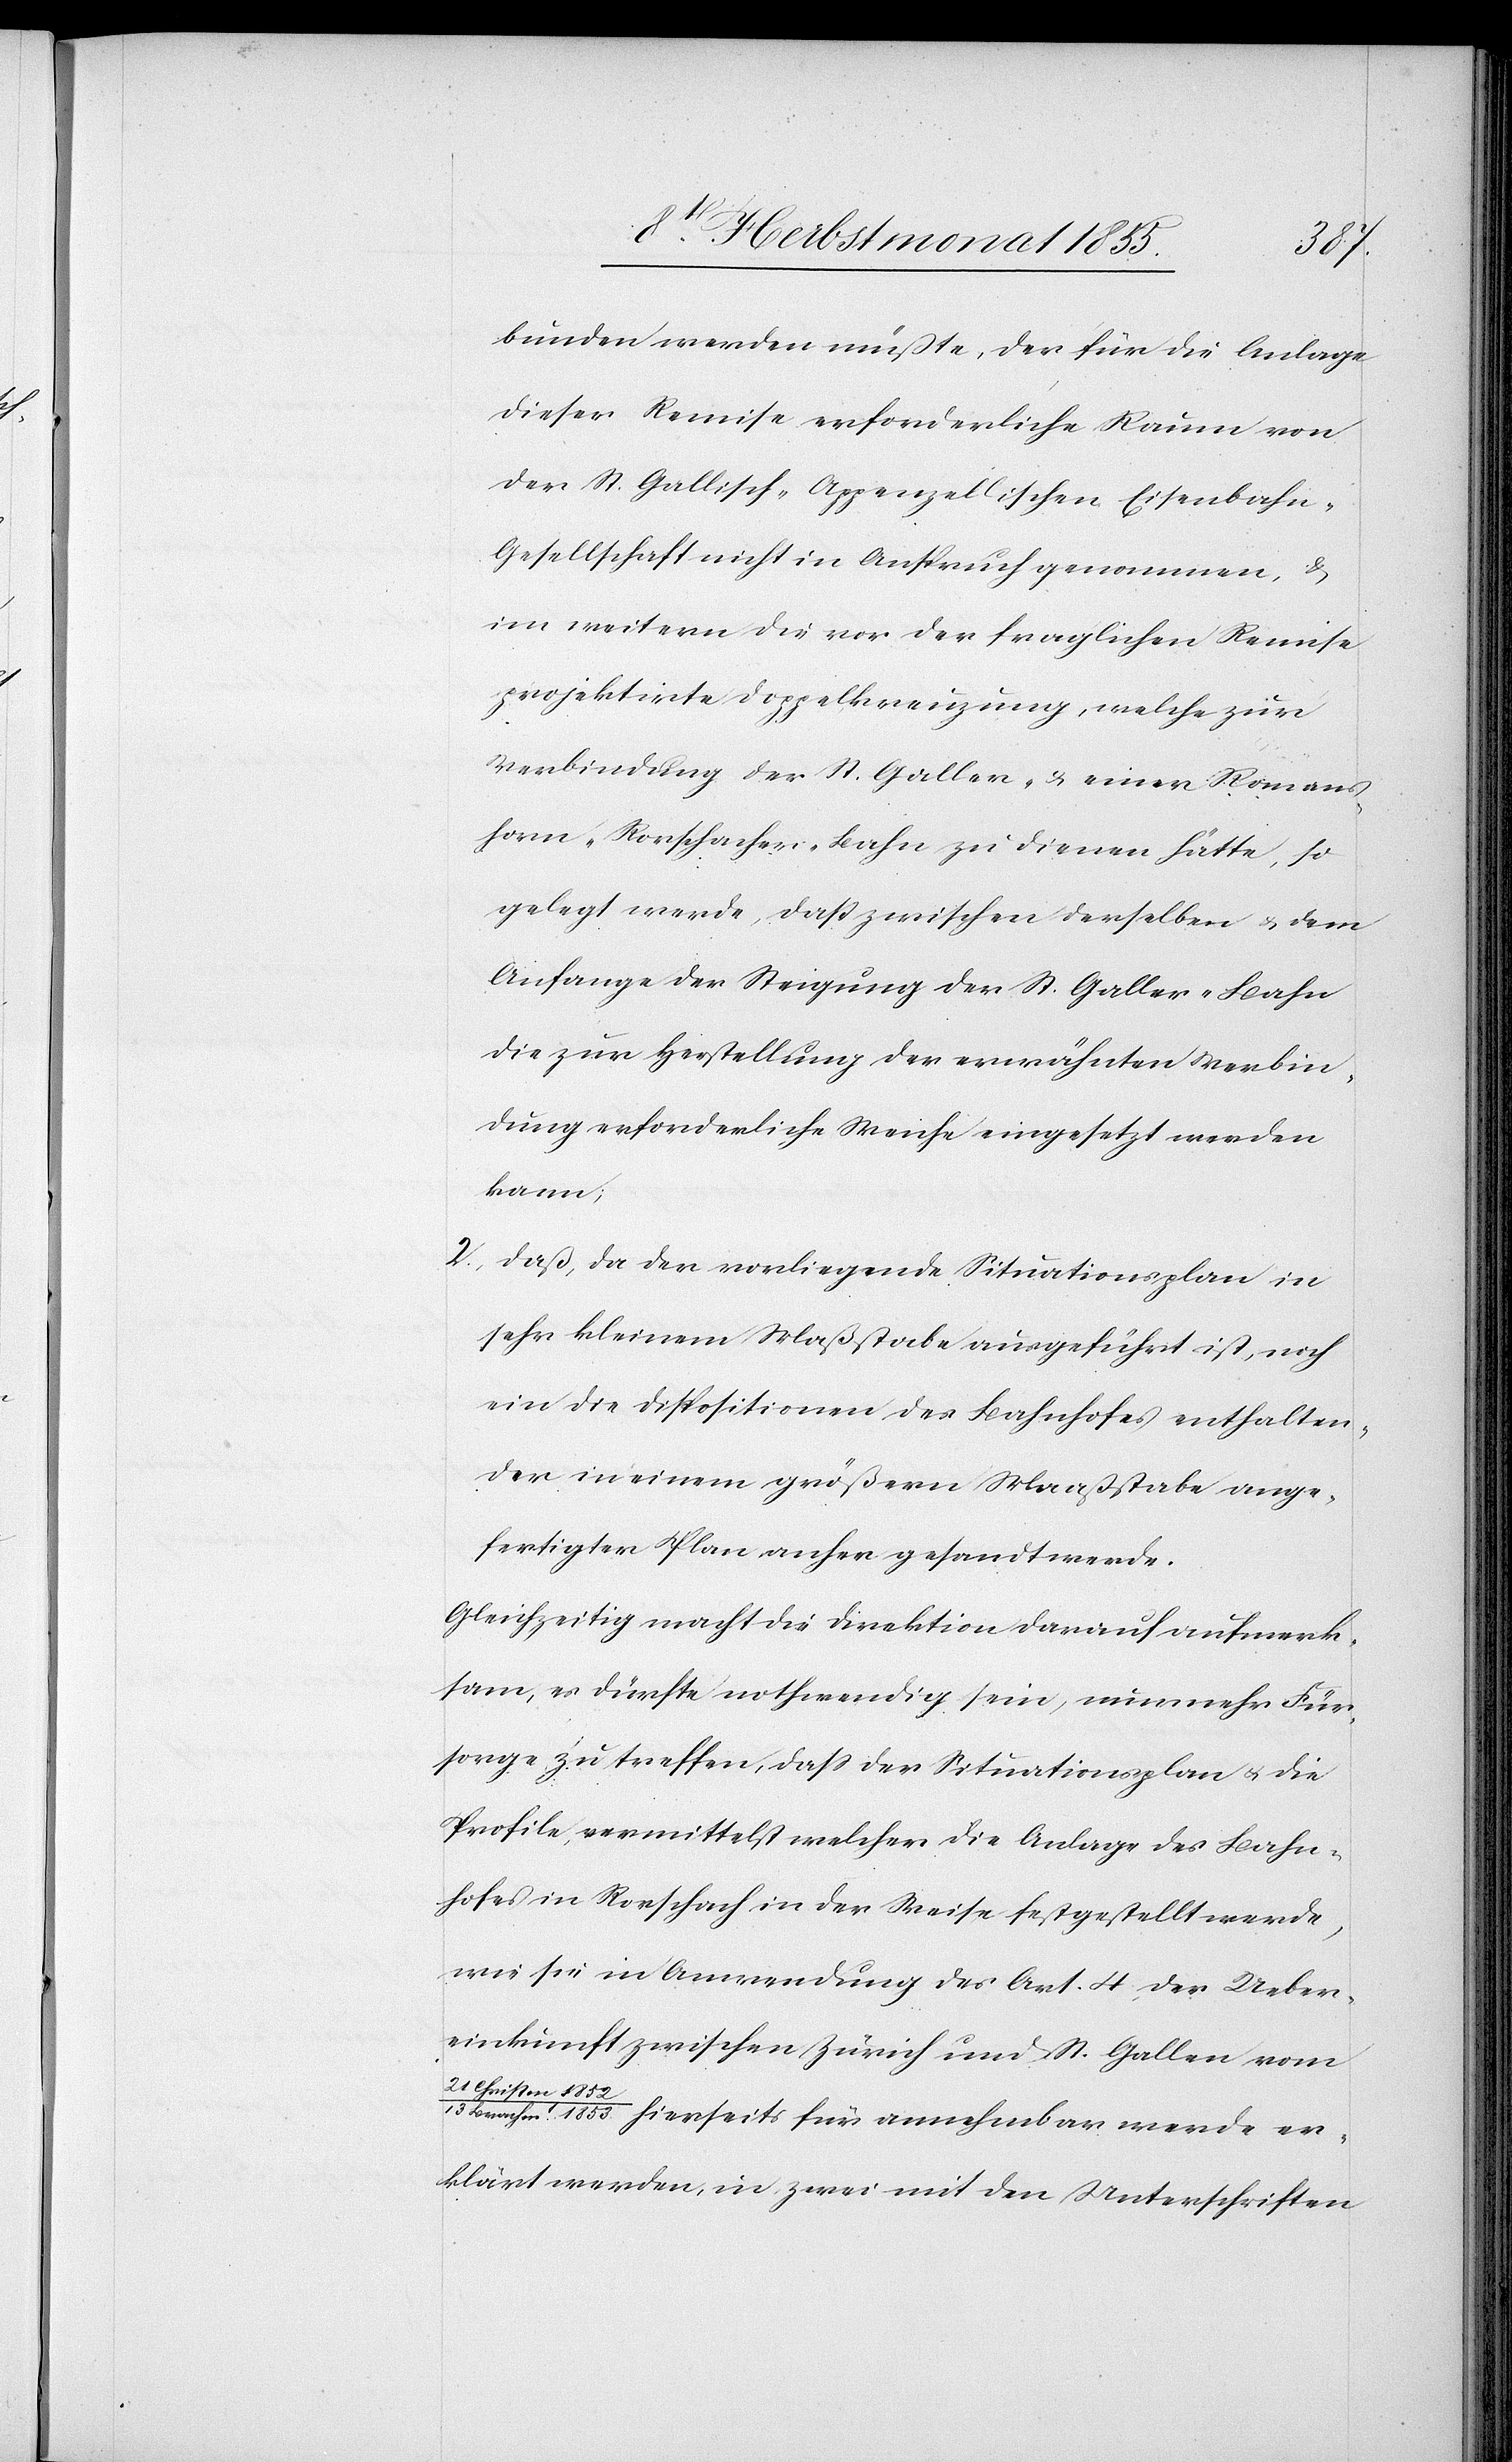
bunden werden müßte, der für die Anlage
dieser Remise erforderliche Raum von
der St. Gallisch-Appenzellischen Eisenbahn-G¬
esellschaft nicht in Anspruch genommen, &
im weitern die vor der fraglichen Remise
projektirte Doppelkreuzung, welche zur
Verbindung der St. Galler- & einer Romans¬
horn-Rorschacher-Bahn zu dienen hätte, so
gelegt werde, daß zwischen derselben & dem
Anfange der Steigung der St. Galler-Bahn
die zur Herstellung der erwähnten Verbin¬
dung erforderliche Weiche eingesetzt werden
kann;
daß, da der vorliegende Situationsplan in
sehr kleinem Maßstabe ausgeführt ist, noch
ein die Dispositionen des Bahnhofes enthalten¬
der in einem größern Maaßstabe ange¬
fertigter Plan anher gesandt werde.
Gleichzeitig macht die Direktion darauf aufmerk¬
sam, es dürfte nothwendig sein, nunmehr Für¬
sorge zu treffen, dass der Situationsplan & die
Profile, vermittelst welcher die Anlage des Bahn¬
hofes in Rorschach in der Weise festgestellt werde,
wie sie in Anwendung des Art. 4 der Ueber¬
einkunft zwischen Zürich und St. Gallen vom
21 Christ¬
m. 1852
13 Brachm. 1853. hierseits für annehmbar werde er¬
klärt werden, in zwei mit den Unterschriften